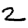
Digit: 2